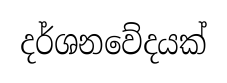
දර්ශනවේදයක්